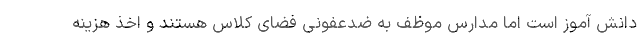
دانش آموز است اما مدارس موظف به ضدعفونی فضای کلاس هستند و اخذ هزینه